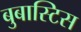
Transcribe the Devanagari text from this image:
बुबास्टिस